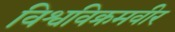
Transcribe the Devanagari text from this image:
विश्वविक्रमवीर